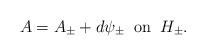
LaTeX: \begin{align*}A= A_\pm + d \psi_\pm \;\;{\rm on}\;\; H_\pm.\end{align*}